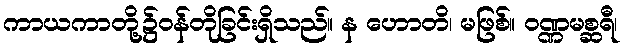
ကာယကာတို့၌ဝန်တိုခြင်းရှိသည်။ န ဟောတိ၊ မဖြစ်။ ဝဏ္ဏမစ္ဆရီ၊